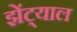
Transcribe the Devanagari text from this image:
झेंट्याल